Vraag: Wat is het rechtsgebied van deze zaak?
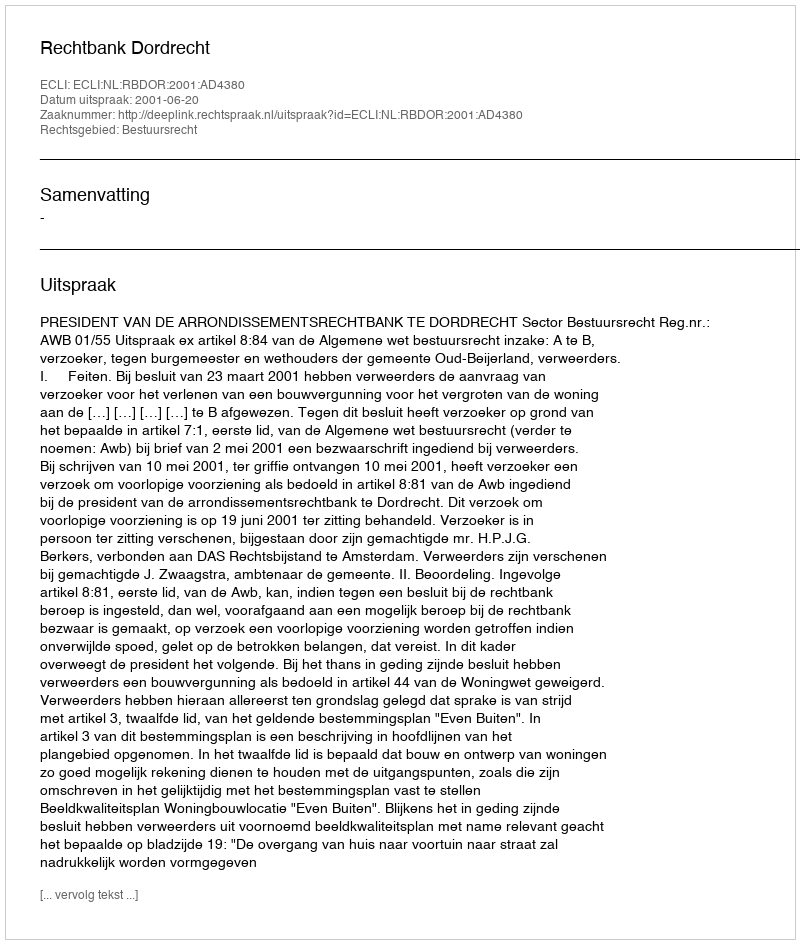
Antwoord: Bestuursrecht